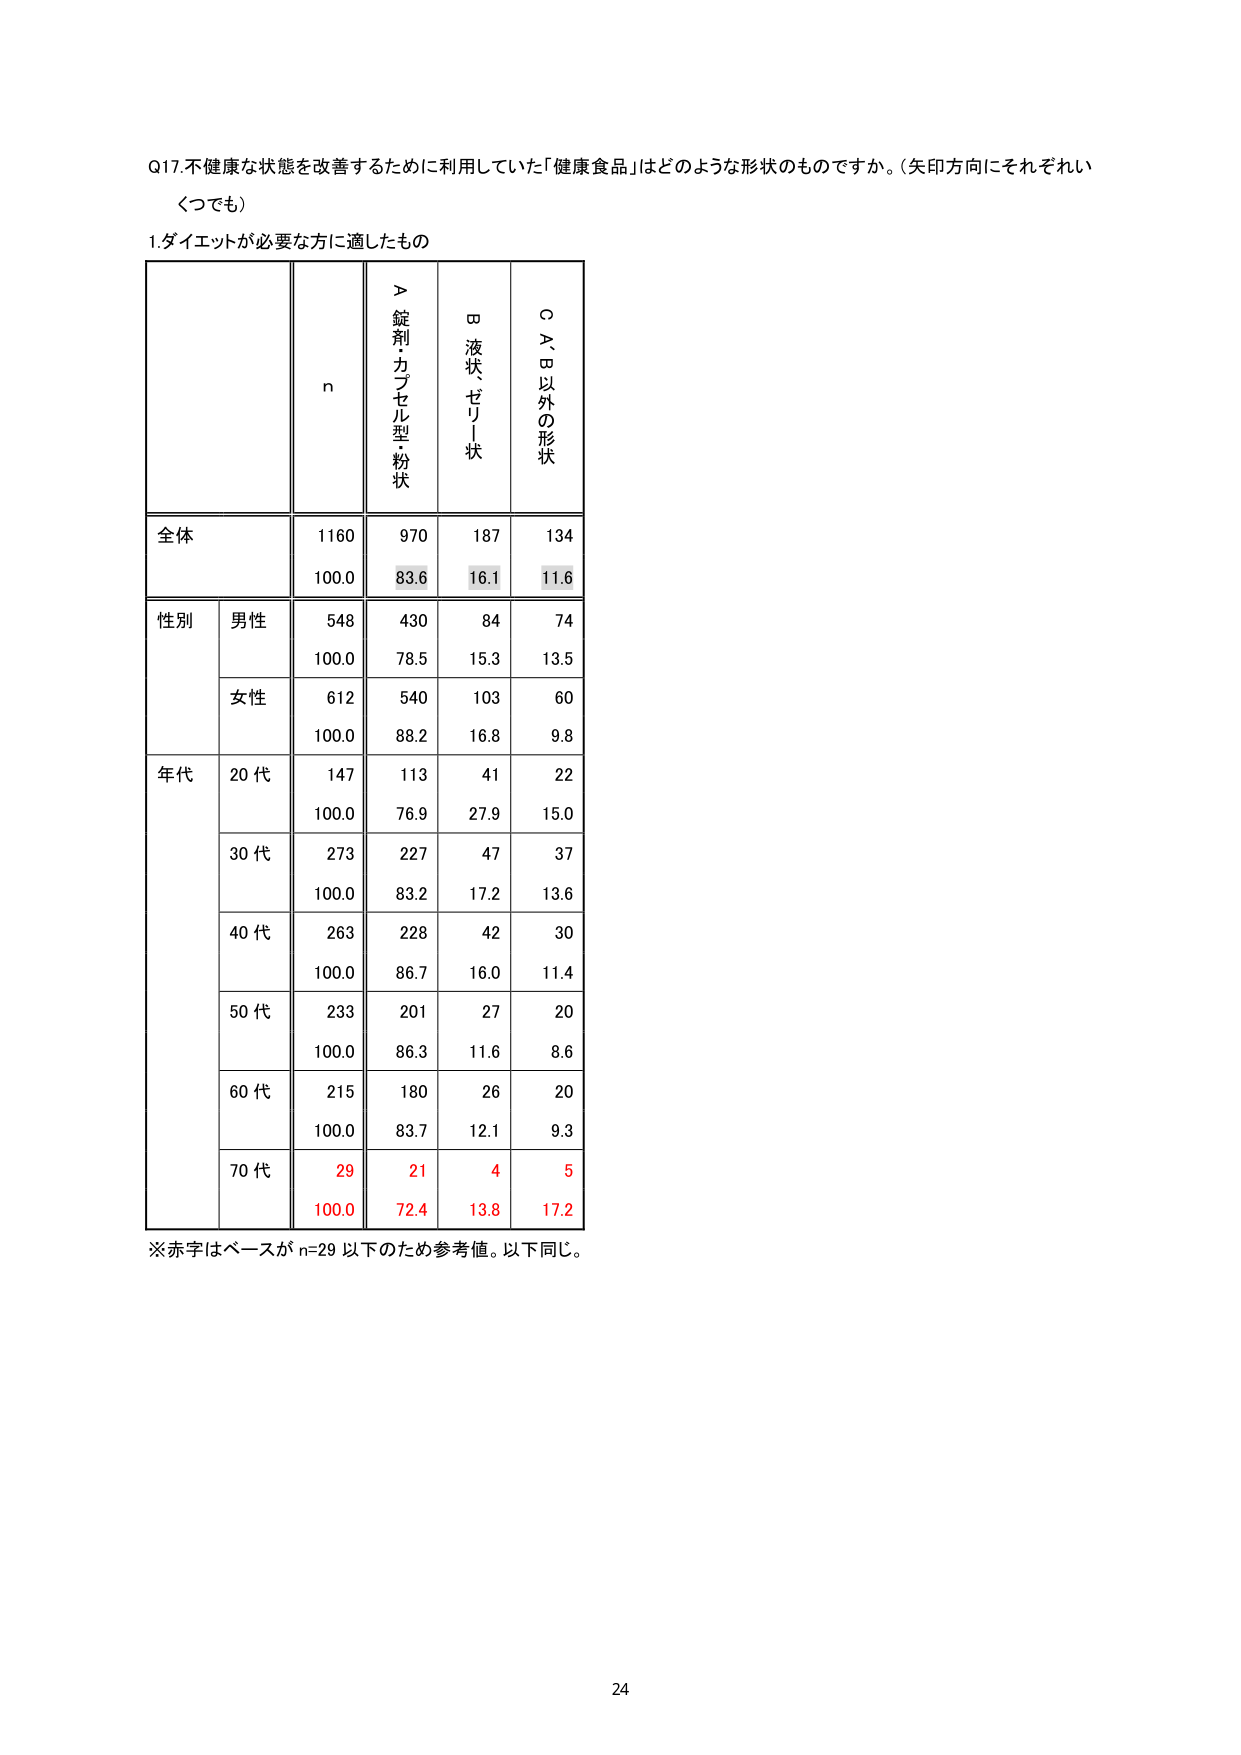
Q17.不健康な状態を改善するために利用していた「健康食品」はどのような形状のものですか。（矢印方向にそれぞれいくつでも）

1.ダイエットが必要な方に適したもの

n
＞錠剤・カプセル型・粉状
□液状・ゼリー状
○A、B以外の形状

全体
1160
970
187
134
100.0
83.6
16.1
11.6

性別
男性
548
430
84
74
100.0
78.5
15.3
13.5
女性
612
540
103
60
100.0
88.2
16.8
9.8

年代
20代
147
113
41
22
100.0
76.9
27.9
15.0
30代
273
227
47
37
100.0
83.2
17.2
13.6
40代
263
228
42
30
100.0
86.7
16.0
11.4
50代
233
201
27
20
100.0
86.3
11.6
8.6
60代
215
180
26
20
100.0
83.7
12.1
9.3
70代
29
21
4
5
100.0
72.4
13.8
17.2

※赤字はベースがn=29以下のため参考値。以下同じ。

24